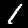
Digit: 1